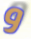
و